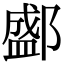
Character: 𨞐